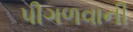
પીગળવાની